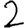
Digit: 2